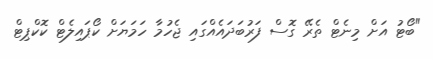
"ބޯޓު އަށް މިނެޓް ތެރޭ ގޮސް ފަރުބަދައެއްގައި ޖެހުމާ ހަމަޔަށް ކޯޕައިލެޓް ކޮކްޕިޓް